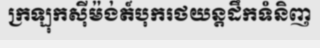
ក្រឡុកស៊ីម៉ង់ត៍បុករថយន្តដឹកទំនិញ